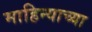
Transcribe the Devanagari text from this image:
माहिन्याच्या